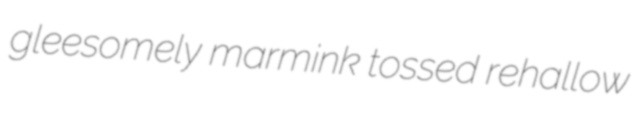
gleesomely marmink tossed rehallow